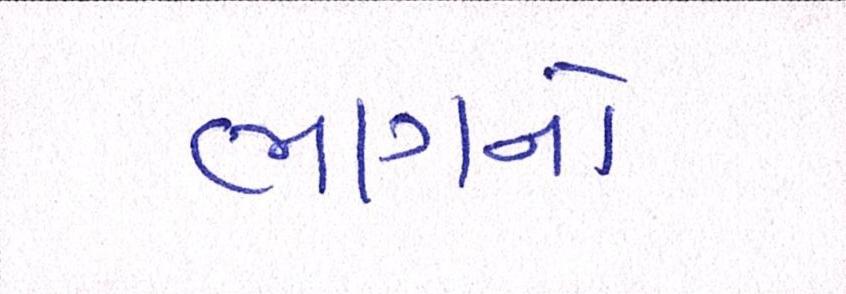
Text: ભાગનો